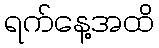
ရက်နေ့အထိ